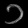
Digit: ၁